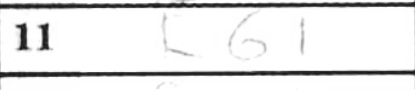
Transcription: Rb1